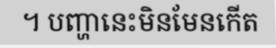
។ បញ្ហានេះមិនមែនកើត